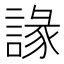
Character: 䛹